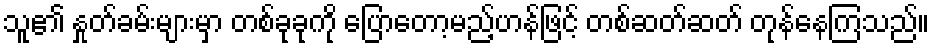
သူ၏ နှုတ်ခမ်းများမှာ တစ်ခုခုကို ပြောတော့မည့်ဟန်ဖြင့် တစ်ဆတ်ဆတ် တုန်နေကြသည်။